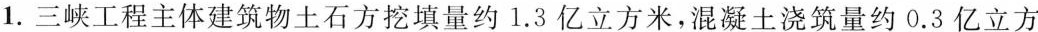
1.三峡工程主体建筑物土石方挖填量约1.3亿立方米，混凝土浇筑量约0.3亿立方